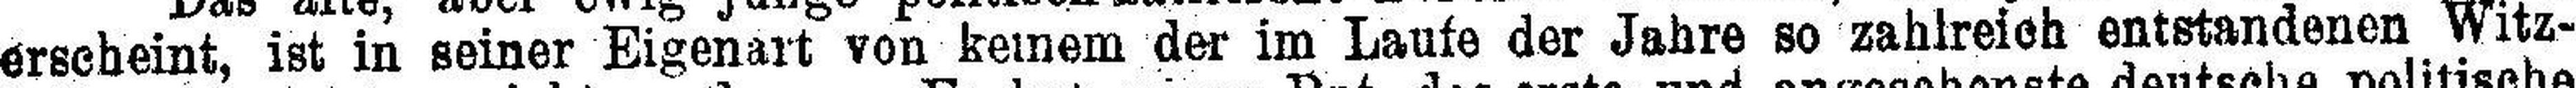
erscheint, ist in seiner Eigenart von keinem der im Laufe der Jahre so zahlreich entstandenen Witz¬